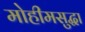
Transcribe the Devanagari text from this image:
मोहीमसुद्धा